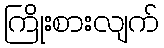
ကြိုးစားလျက်